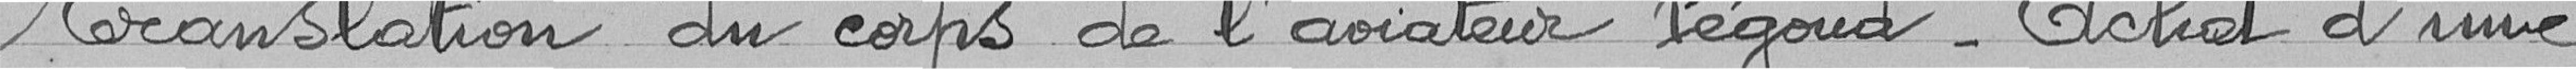
Translation du corps de l'aviateur Pégoud - Achat d'une